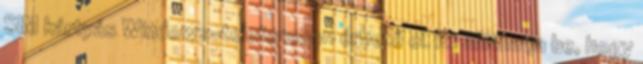
SIM kártyás Windows-telefonokon érhető el. Itt állíthatja be, hogy